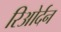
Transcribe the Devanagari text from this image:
रिओर्दन